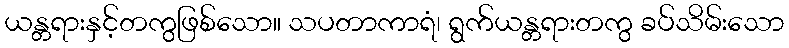
ယန္တရားနှင့်တကွဖြစ်သော။ သပတာကာရံ၊ ရွက်ယန္တရားတကွ ခပ်သိမ်းသော